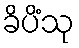
ခိပိံသု